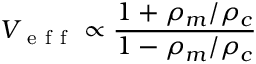
V _ { \mathrm { ~ e ~ f ~ f ~ } } \propto \frac { 1 + \rho _ { m } / \rho _ { c } } { 1 - \rho _ { m } / \rho _ { c } }